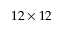
1 2 \times 1 2